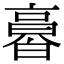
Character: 𠆌